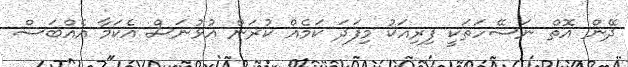
ދޭން އޮތް ނަސޭހަތަކީ ފިރިއަކު މިފަދަ ކަމެއް ކުރަން އުޅުނަސް އެކަމާ އެއްބަސް